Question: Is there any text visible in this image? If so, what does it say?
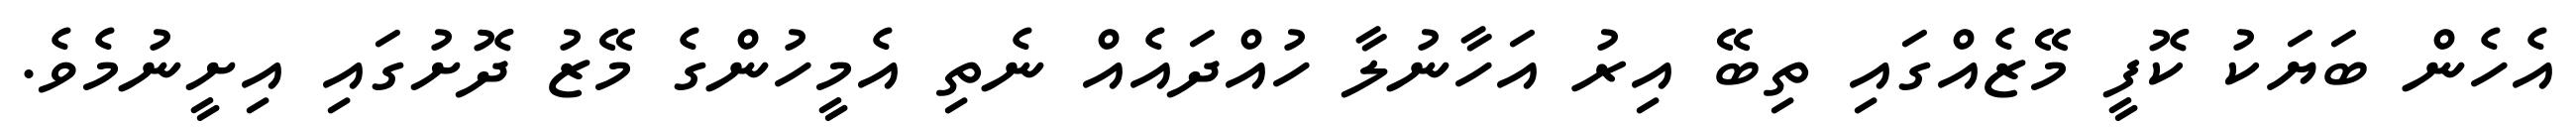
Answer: އެހެން ބަޔަކު ކޮފީ މޭޒެއްގައި ތިބޭ އިރު އަހާނުލާ ހުއްދައެއް ނެތި އެމީހުންގެ މޭޒު ދޮށުގައި އިށީނުމެވެ.